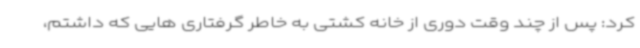
کرد: پس از چند وقت دوری از خانه کشتی به خاطر گرفتاری هایی که داشتم،